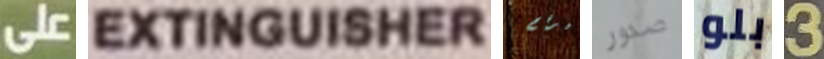
على EXTINGUISHER لرقم صدور بلو 3